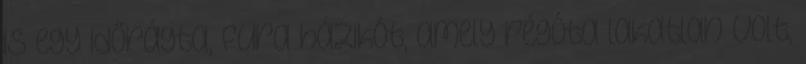
is egy időrágta, fura házikót, amely régóta lakatlan volt,